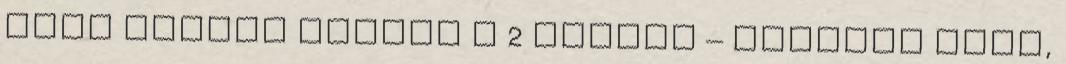
csak jobban hajlok a 2 idősík – elmélet felé,